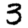
Digit: 3